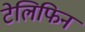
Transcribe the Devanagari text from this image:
टेलिफिन